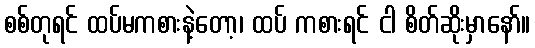
စစ်တုရင် ထပ်မကစားနဲ့တော့၊ ထပ် ကစားရင် ငါ စိတ်ဆိုးမှာနော်။